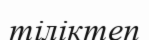
тіліктеп